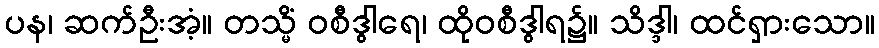
ပန၊ ဆက်ဦးအံ့။ တသ္မိံ ဝစီဒွါရေ၊ ထိုဝစီဒွါရ၌။ သိဒ္ဒါ၊ ထင်ရှားသော။